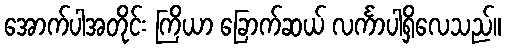
အောက်ပါအတိုင်း ကြိယာ ခြောက်ဆယ် လင်္ကာပါရှိလေသည်။